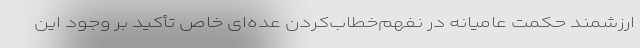
ارزشمند حکمت عامیانه در نفهم‌خطاب‌کردن عده‌ای خاصْ تأکید بر وجود این